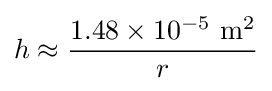
h\approx {{1.48\times 10^{-5}\ {\mbox{m}}^{2}} \over r}